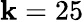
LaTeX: \mathbf{k}=25